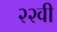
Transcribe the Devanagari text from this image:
२२वी